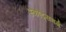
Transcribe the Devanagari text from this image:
स्कौट्सबर्ग